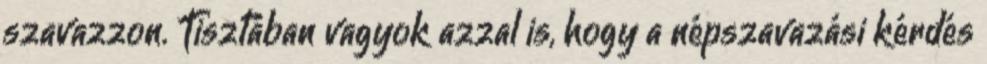
szavazzon. Tisztában vagyok azzal is, hogy a népszavazási kérdés